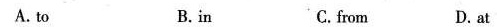
A. to B.in C.from D.at